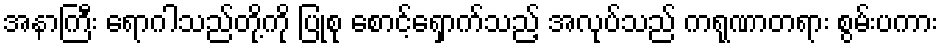
အနာကြီး ရောဂါသည်တို့ကို ပြုစု စောင့်ရှောက်သည့် အလုပ်သည် ကရုဏာတရား စွမ်းပကား